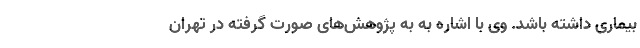
بیماری داشته باشد. وی با اشاره به به پژوهش‌های صورت گرفته در تهران